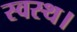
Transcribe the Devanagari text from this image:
स्वस्थ।